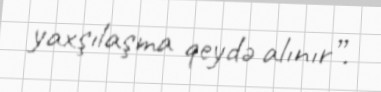
yaxşılaşma qeydə alınır”.